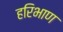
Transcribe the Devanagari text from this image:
हरिभाण